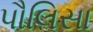
પૌલિસા